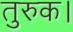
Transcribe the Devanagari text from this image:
तुरुक।